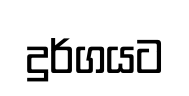
දුර්ගයට